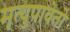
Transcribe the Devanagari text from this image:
मृत्युपावेतो